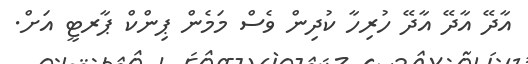
އާދޭ އާދޭ އާދޭ ހުރިހާ ކުދިން ވެސް މަމެން ޕިންކް ޕާރޓީ އަށް.